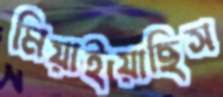
মিয়াইয়াছিস